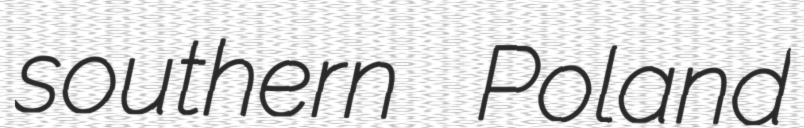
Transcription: southern Poland